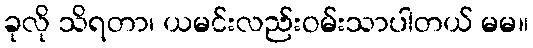
ခုလို သိရတာ၊ ယမင်းလည်းဝမ်းသာပါတယ် မမ။